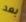
بعد